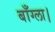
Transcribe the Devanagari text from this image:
बाँग्ला।